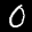
Label: 0